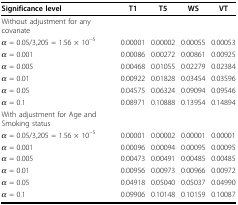
<table><thead><tr><td><b>Significance level</b></td><td><b>T1</b></td><td><b>T5</b></td><td><b>WS</b></td><td><b>VT</b></td></tr></thead><tbody><tr><td>Without adjustment for any covariate</td><td></td><td></td><td></td><td></td></tr><tr><td><i>α</i> = 0.05/3,205 = 1.56 × 10<sup>−5</sup></td><td>0.00001</td><td>0.00002</td><td>0.00055</td><td>0.00053</td></tr><tr><td><i>α</i> = 0.001</td><td>0.00086</td><td>0.00272</td><td>0.00861</td><td>0.00925</td></tr><tr><td><i>α</i> = 0.005</td><td>0.00468</td><td>0.01055</td><td>0.02279</td><td>0.02384</td></tr><tr><td><i>α</i> = 0.01</td><td>0.00922</td><td>0.01828</td><td>0.03454</td><td>0.03596</td></tr><tr><td><i>α</i> = 0.05</td><td>0.04575</td><td>0.06324</td><td>0.09094</td><td>0.09546</td></tr><tr><td><i>α</i> = 0.1</td><td>0.08971</td><td>0.10888</td><td>0.13954</td><td>0.14894</td></tr><tr><td>With adjustment for Age and Smoking status</td><td></td><td></td><td></td><td></td></tr><tr><td><i>α</i> = 0.05/3,205 = 1.56 × 10<sup>−5</sup></td><td>0.00001</td><td>0.00002</td><td>0.00001</td><td>0.00001</td></tr><tr><td><i>α</i> = 0.001</td><td>0.00096</td><td>0.00094</td><td>0.00095</td><td>0.00095</td></tr><tr><td><i>α</i> = 0.005</td><td>0.00473</td><td>0.00491</td><td>0.00485</td><td>0.00485</td></tr><tr><td><i>α</i> = 0.01</td><td>0.00956</td><td>0.00973</td><td>0.00966</td><td>0.00972</td></tr><tr><td><i>α</i> = 0.05</td><td>0.04918</td><td>0.05040</td><td>0.05037</td><td>0.04990</td></tr><tr><td><i>α</i> = 0.1</td><td>0.09906</td><td>0.10148</td><td>0.10159</td><td>0.10087</td></tr></tbody></table>